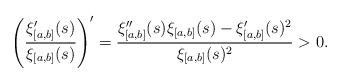
LaTeX: \begin{align*}\left(\frac{\xi_{[a,b]}'(s)}{\xi_{[a,b]}(s)}\right)'=\frac{\xi_{[a,b]}''(s)\xi_{[a,b]}(s)-\xi_{[a,b]}'(s)^2}{\xi_{[a,b]}(s)^2} >0.\end{align*}